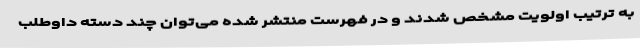
به ترتیب اولویت مشخص شدند و در فهرست منتشر شده می‌توان چند دسته داوطلب